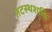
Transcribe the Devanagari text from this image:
तटस्थशक्ति